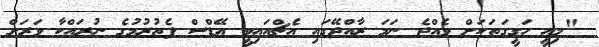
"މިއީ ހަގީގަތަކަށް ވެއްޖެ ނަމަ ރާއްޖޭގައި އެޗްއައިވީ އޭޑްސް ފެތުރުމުގެ ނުރައްކާ ވަރަށް